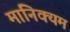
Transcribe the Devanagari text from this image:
मानिक्यम